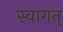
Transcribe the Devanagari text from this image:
स्वागत्